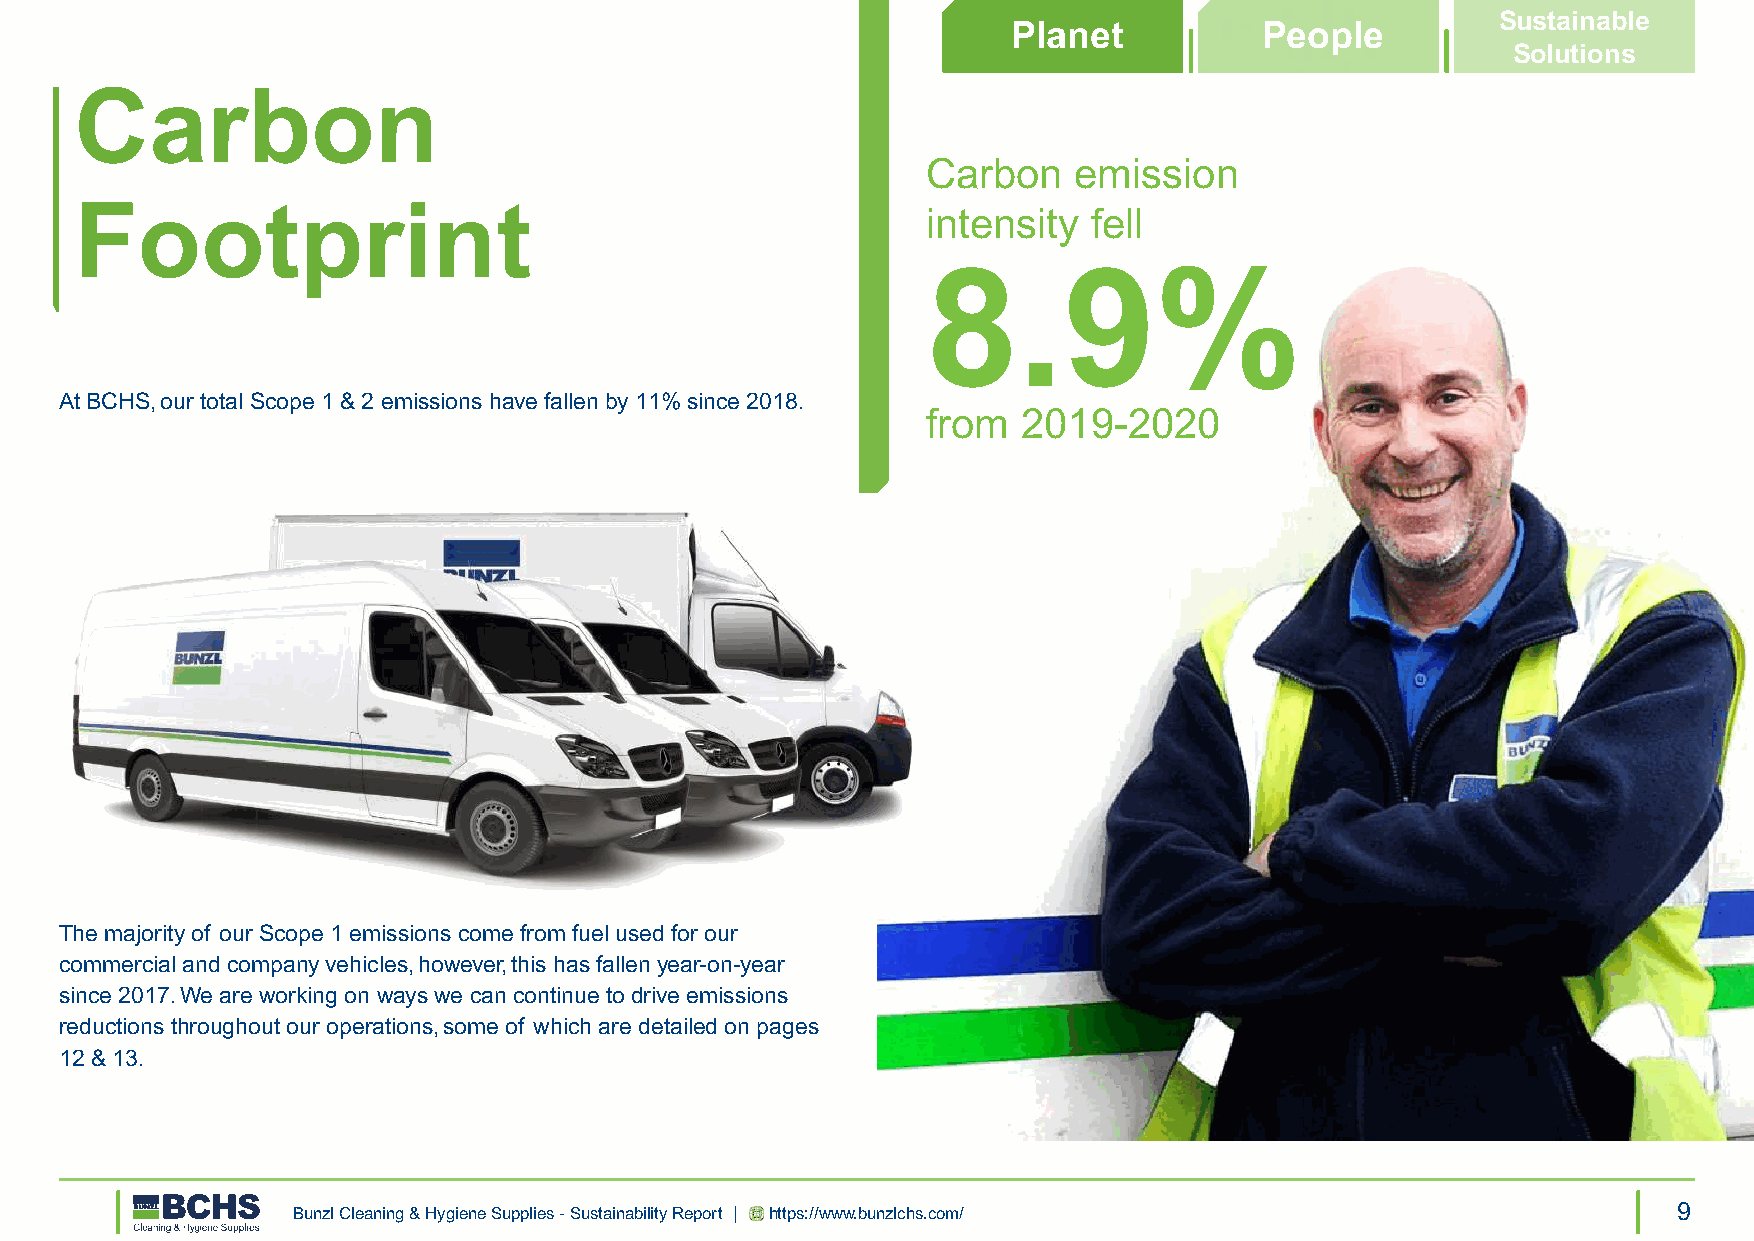
Sustainable
 Planet           People
 Solutions
 Carbon
 Carbon    emission
 Footprint
 intensity  fell
 8.9%
 At BCHS, our total Scope 1 & 2 emissions have fallen by 11% since 2018.
 from   2019-2020
 The majority of our Scope 1 emissions come from fuel used for our
 commercial and company vehicles, however, this has fallen year-on-year
 since 2017. We are working on ways we can continue to drive emissions
 reductions throughout our operations, some of which are detailed on pages
 12 & 13.
 Bunzl Cleaning & Hygiene Supplies - Sustainability Report | https://www.bunzlchs.com/       9